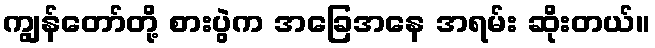
ကျွန်တော်တို့ စားပွဲက အခြေအနေ အရမ်း ဆိုးတယ်။